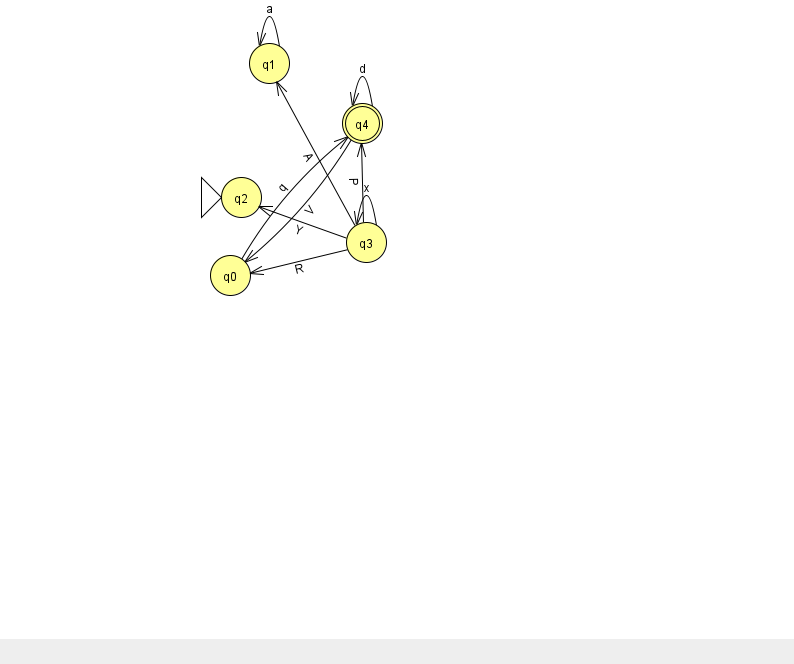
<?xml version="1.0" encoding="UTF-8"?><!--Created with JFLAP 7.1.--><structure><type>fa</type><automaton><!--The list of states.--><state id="0" name="q0"><x>230.0</x><y>262.0</y></state><state id="1" name="q1"><x>269.0</x><y>50.0</y></state><state id="2" name="q2"><x>241.0</x><y>184.0</y><initial/></state><state id="3" name="q3"><x>366.0</x><y>229.0</y></state><state id="4" name="q4"><x>362.0</x><y>110.0</y><final/></state><!--The list of transitions.--><transition><from>1</from><to>1</to><read>a</read></transition><transition><from>3</from><to>0</to><read>R</read></transition><transition><from>3</from><to>2</to><read>Y</read></transition><transition><from>4</from><to>4</to><read>d</read></transition><transition><from>3</from><to>3</to><read>x</read></transition><transition><from>4</from><to>0</to><read>V</read></transition><transition><from>3</from><to>1</to><read>A</read></transition><transition><from>3</from><to>4</to><read>P</read></transition><transition><from>0</from><to>4</to><read>q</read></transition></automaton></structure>